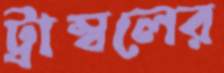
ট্রাম্বলের